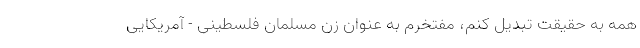
همه به حقیقت تبدیل کنم، مفتخرم به عنوان زن مسلمان فلسطینی - آمریکایی